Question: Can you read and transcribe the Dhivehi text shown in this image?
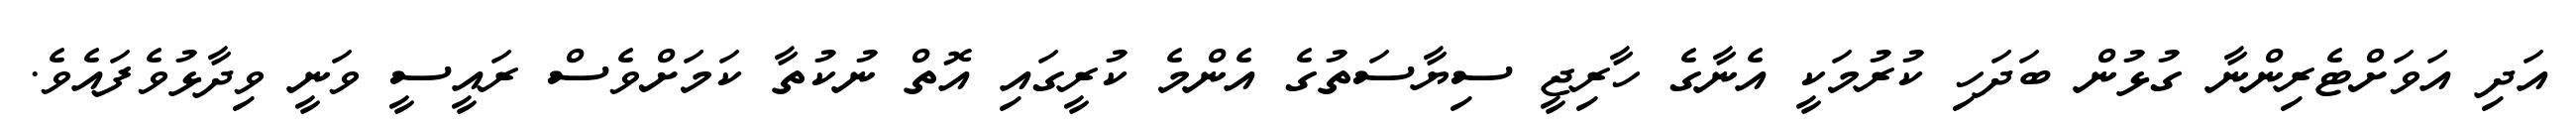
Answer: އަދި އަވަށްޓެރިންނާ ގުޅުން ބަދަހި ކުރުމަކީ އެނާގެ ހާރިޖީ ސިޔާސަތުގެ އެންމެ ކުރީގައި އޮތް ނުކުތާ ކަމަށްވެސް ރައީސީ ވަނީ ވިދާޅުވެފައެވެ.